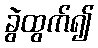
ခွဲထွက်၍